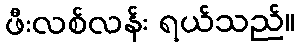
ဖီးလစ်လန်း ရယ်သည်။